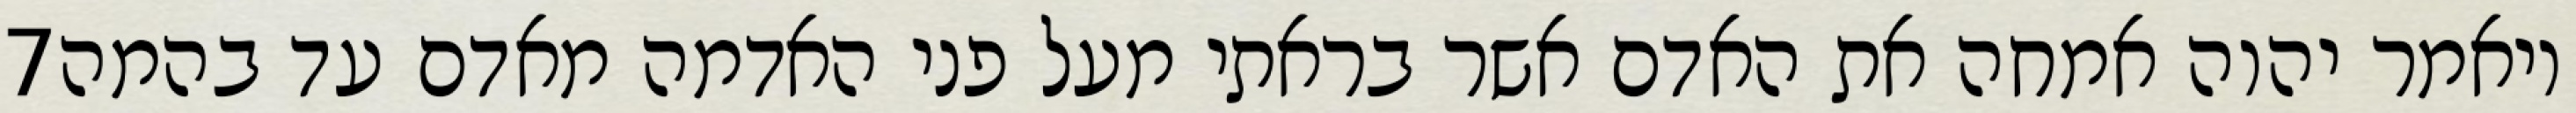
‎7‏ ויאמר יהוה אמחה את האדם אשר בראתי מעל פני האדמה מאדם עד בהמה